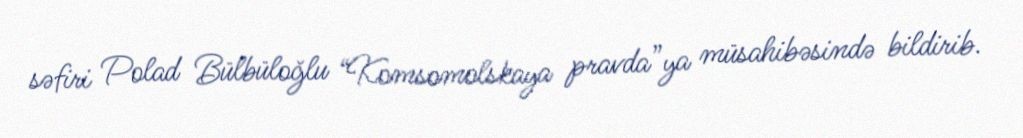
səfiri Polad Bülbüloğlu “Komsomolskaya pravda”ya müsahibəsində bildirib.